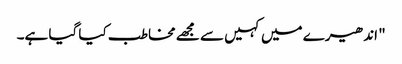
" اندھیرے میں کہیں سے مجھے مخاطب کیا گیا ہے۔